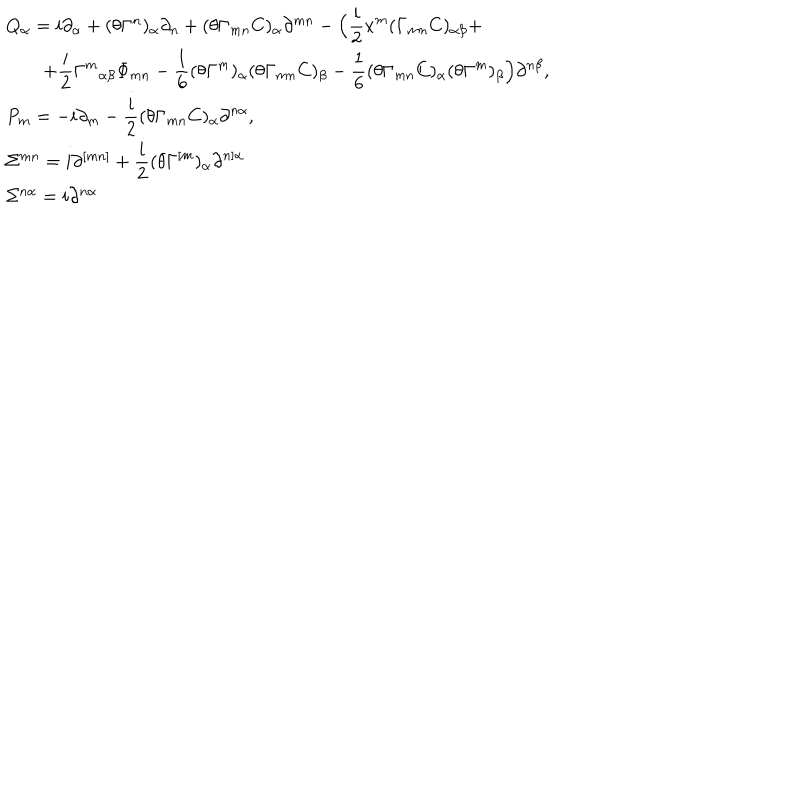
LaTeX: \begin{array} { l } { { Q _ { \alpha } = i \partial _ { \alpha } + ( \theta \Gamma ^ { n } ) _ { \alpha } \partial _ { n } + ( \theta \Gamma _ { m n } C ) _ { \alpha } \partial ^ { m n } - \Big ( \displaystyle \frac i 2 x ^ { m } ( \Gamma _ { m n } C ) _ { \alpha \beta } + } } \\ { { \qquad + \displaystyle \frac i 2 { \Gamma ^ { m } } _ { \alpha \beta } \Phi _ { m n } - \frac 1 6 ( \theta \Gamma ^ { m } ) _ { \alpha } ( \theta \Gamma _ { m n } C ) _ { \beta } - \frac 1 6 ( \theta \Gamma _ { m n } C ) _ { \alpha } ( \theta \Gamma ^ { m } ) _ { \beta } \Big ) \partial ^ { n \beta } , } } \\ { { P _ { m } = - i \partial _ { m } - \displaystyle \frac i 2 ( \theta \Gamma _ { m n } C ) _ { \alpha } \partial ^ { n \alpha } , } } \\ { { \Sigma ^ { m n } = i \partial ^ { [ m n ] } + \displaystyle \frac i 2 ( \theta \Gamma ^ { [ m } ) _ { \alpha } \partial ^ { n ] \alpha } } } \\ { { \Sigma ^ { n \alpha } = i \partial ^ { n \alpha } } } \\ \end{array}